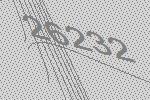
26232